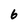
Character: 6